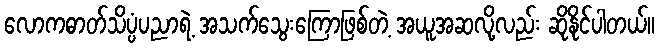
လောကဓာတ်သိပ္ပံပညာရဲ့ အသက်သွေးကြောဖြစ်တဲ့ အယူအဆလို့လည်း ဆိုနိုင်ပါတယ်။